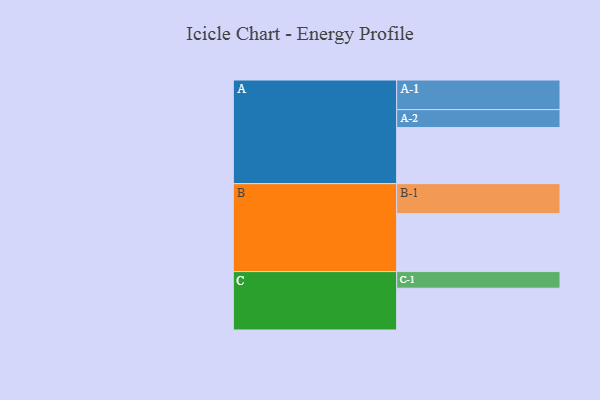
{"axis": {"x": "Segment", "y": "Value"}, "legend": ["", "A", "B", "C"], "data": [{"x": "A", "y": 553, "type": ""}, {"x": "B", "y": 571, "type": ""}, {"x": "C", "y": 412, "type": ""}, {"x": "A-1", "y": 292, "type": "A"}, {"x": "A-2", "y": 177, "type": "A"}, {"x": "B-1", "y": 296, "type": "B"}, {"x": "C-1", "y": 164, "type": "C"}]}